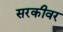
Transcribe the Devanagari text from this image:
सरकीवर